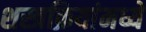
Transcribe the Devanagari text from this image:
शस्त्रक्रियांमध्ये